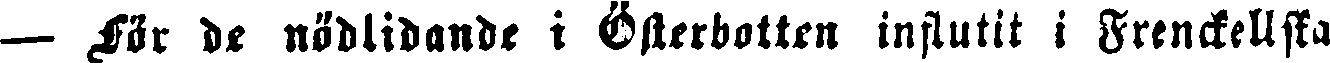
— För de nödlidande i Österbotten influtit i Frenckellska